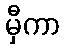
မှီကာ